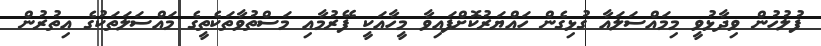
ފުލުހުން ވިދާޅުވީ މިމައްސަލައާ ގުޅިގެން ހައްޔަރުކޮށްފައިވާ މީހާއަކީ ފޭރުމާއި މަސްތުވާތަކެތީގެ މައްސަލަތަކުގެ އިތުރުން